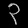
Digit: ၃